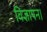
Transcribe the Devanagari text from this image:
विज्ञापन।